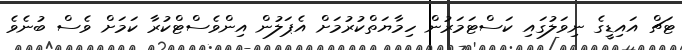
ޓަޗް އައިޑީގެ ނިވަލުގައި ކަސްޓަމަރުން ހިމާޔަތްކުރުމަށް އެޕަލުން އިންވެސްޓްކުރާ ކަމަށް ވެސް ބުނެވެ